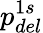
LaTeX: p_{del}^{1s}